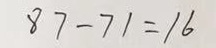
8 7 - 7 1 = 1 6